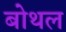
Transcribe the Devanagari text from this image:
बोथल